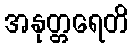
အနုတ္တရေတိ